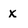
Character: x